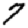
Digit: 7